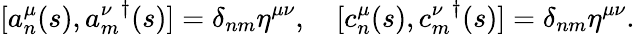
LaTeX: [a_{n}^{\mu}(s),{a_{m}^{\nu}}^{\dagger}(s)]=\delta_{nm}\eta^{\mu\nu},~~~~[c_{n}^{\mu}(s),{c_{m}^{\nu}}^{\dagger}(s)]=\delta_{nm}\eta^{\mu\nu}.